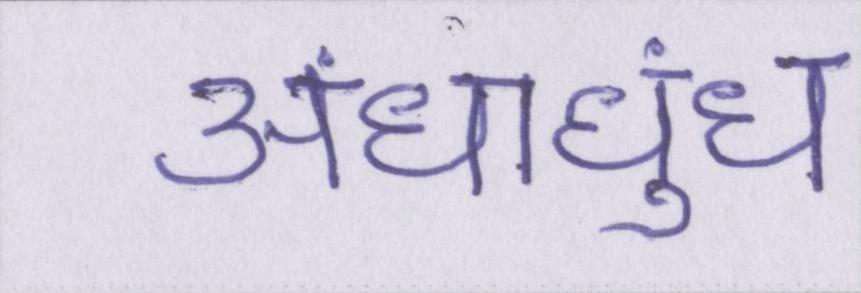
अंधाधुंध